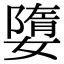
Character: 𡡙